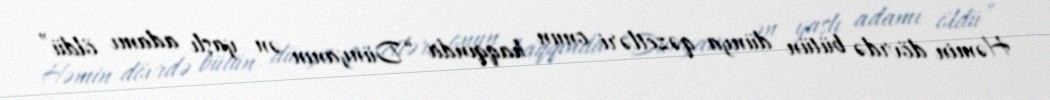
Həmin dövrdə bütün dünya qəzetləri onun haqqında “Dünyanın ən yaşlı adamı öldü”